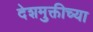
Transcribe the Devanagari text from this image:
देशमुक्तीच्या